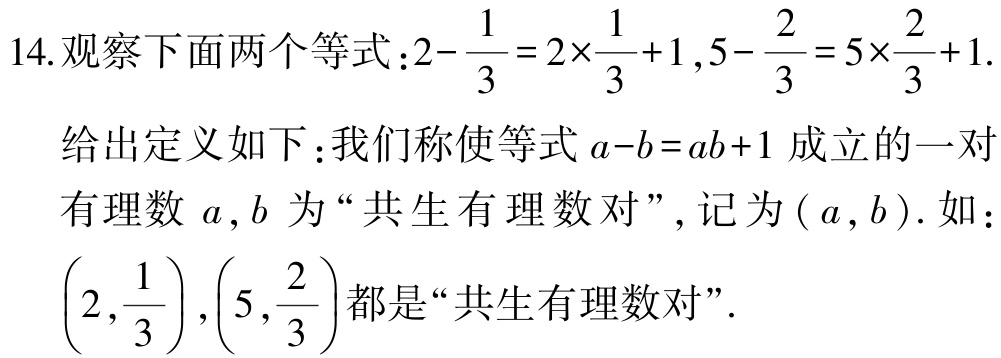
14.观察下面两个等式：\(2 - \frac{1}{3} = 2\times\frac{1}{3} + 1\)，\(5 - \frac{2}{3} = 5\times\frac{2}{3} + 1\).

给出定义如下：我们称使等式\(a - b = ab + 1\)成立的一对有理数\(a,b\)为“共生有理数对”, 记为\((a,b)\). 如：\(\left(2,\frac{1}{3}\right)\)，\(\left(5,\frac{2}{3}\right)\)都是“共生有理数对”.